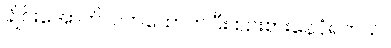
ချိုင်းအောက်လက်ထောက်ပြီး စဉ်းစားနေပုံရတယ်။